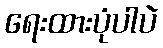
ရေးထားပုံပါပဲ